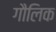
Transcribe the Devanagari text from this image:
गौलिक